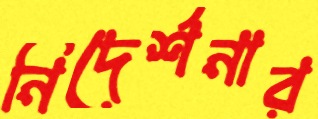
নিদের্শনার